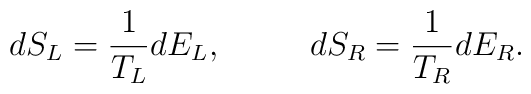
dS_L={1\over{T_L}}dE_L,\ \ \ \ \ \ \ \ dS_R={1\over{T_R}}dE_R.